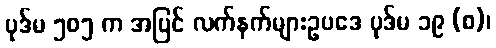
ပုဒ်မ ၅၀၅ က အပြင် လက်နက်များဥပဒေ ပုဒ်မ ၁၉ (စ)၊